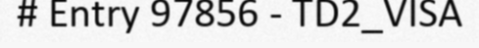
# Entry 97856 - TD2_VISA